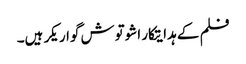
فلم کے ہدایتکار اشوتوش گواریکر ہیں۔